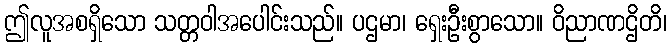
ဤလူအစရှိသော သတ္တဝါအပေါင်းသည်။ ပဌမာ၊ ရှေးဦးစွာသော။ ဝိညာဏဌိတိ၊